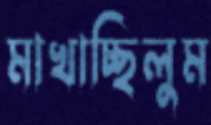
মাখাচ্ছিলুম